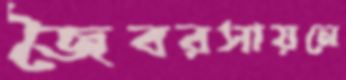
জৈবরসায়নে